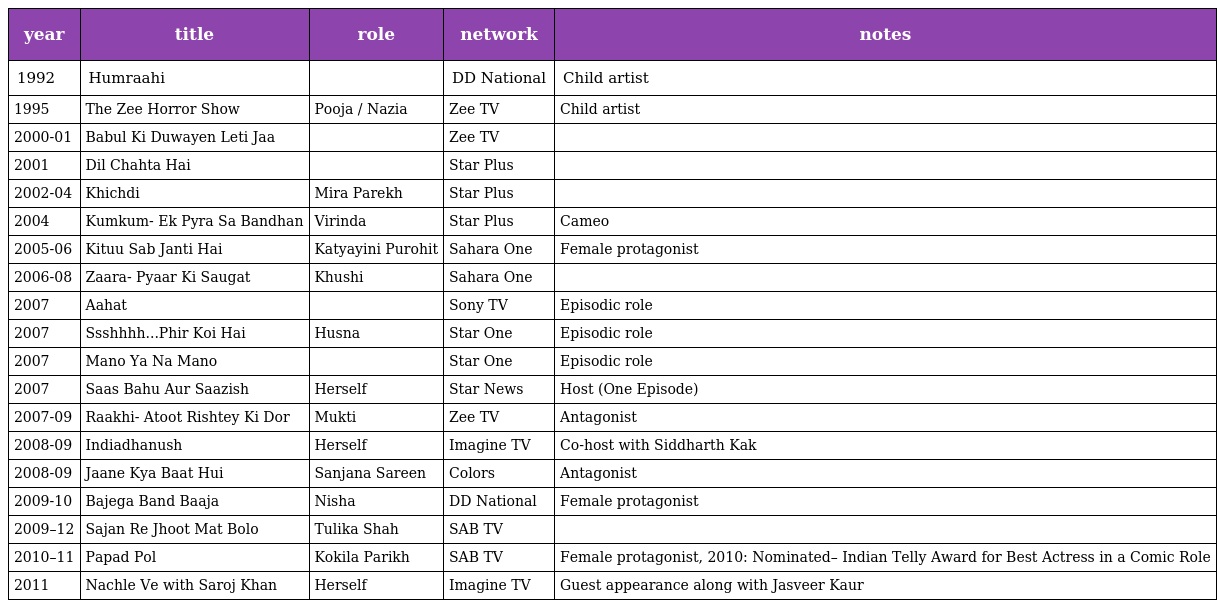
| year | title | role | network | notes |
 | --- | --- | --- | --- | --- |
 | 1992 | Humraahi |  | DD National | Child artist |
 | 1995 | The Zee Horror Show | Pooja / Nazia | Zee TV | Child artist |
 | 2000-01 | Babul Ki Duwayen Leti Jaa |  | Zee TV |  |
 | 2001 | Dil Chahta Hai |  | Star Plus |  |
 | 2002-04 | Khichdi | Mira Parekh | Star Plus |  |
 | 2004 | Kumkum- Ek Pyra Sa Bandhan | Virinda | Star Plus | Cameo |
 | 2005-06 | Kituu Sab Janti Hai | Katyayini Purohit | Sahara One | Female protagonist |
 | 2006-08 | Zaara- Pyaar Ki Saugat | Khushi | Sahara One |  |
 | 2007 | Aahat |  | Sony TV | Episodic role |
 | 2007 | Ssshhhh...Phir Koi Hai | Husna | Star One | Episodic role |
 | 2007 | Mano Ya Na Mano |  | Star One | Episodic role |
 | 2007 | Saas Bahu Aur Saazish | Herself | Star News | Host (One Episode) |
 | 2007-09 | Raakhi- Atoot Rishtey Ki Dor | Mukti | Zee TV | Antagonist |
 | 2008-09 | Indiadhanush | Herself | Imagine TV | Co-host with Siddharth Kak |
 | 2008-09 | Jaane Kya Baat Hui | Sanjana Sareen | Colors | Antagonist |
 | 2009-10 | Bajega Band Baaja | Nisha | DD National | Female protagonist |
 | 2009–12 | Sajan Re Jhoot Mat Bolo | Tulika Shah | SAB TV |  |
 | 2010–11 | Papad Pol | Kokila Parikh | SAB TV | Female protagonist, 2010: Nominated– Indian Telly Award for Best Actress in a Comic Role |
 | 2011 | Nachle Ve with Saroj Khan | Herself | Imagine TV | Guest appearance along with Jasveer Kaur |